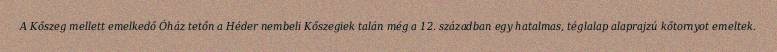
A Kőszeg mellett emelkedő Óház tetőn a Héder nembeli Kőszegiek talán még a 12. században egy hatalmas, téglalap alaprajzú kőtornyot emeltek.